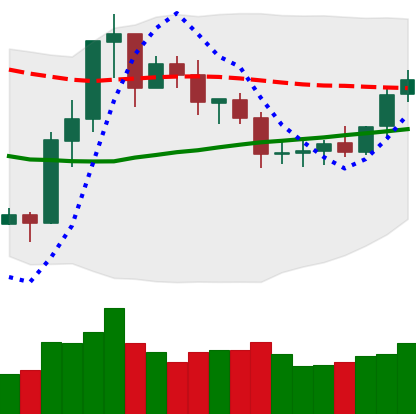
Ticker: ETC-USD
Chart end date: 2020-07-23
Forward return: 12.505%
Label: up_7plus